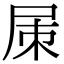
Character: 㞖